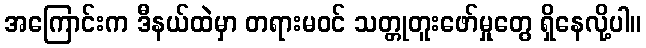
အကြောင်းက ဒီနယ်ထဲမှာ တရားမဝင် သတ္တုတူးဖော်မှုတွေ ရှိနေလို့ပါ။